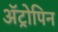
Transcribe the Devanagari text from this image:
अॅट्रोपिन